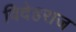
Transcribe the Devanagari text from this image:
विदेहराज